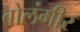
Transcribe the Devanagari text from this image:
बोलंगीर